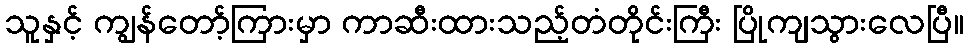
သူနှင့် ကျွန်တော့်ကြားမှာ ကာဆီးထားသည့်တံတိုင်းကြီး ပြိုကျသွားလေပြီ။